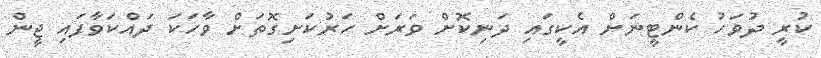
ކުރީ ދުވަހު ކެންޓީނަށް އެކީގައި ދަނިކޮށް ވަރަށް ހަރުކަށިގޮތަށް ވާހަކަ ދައްކަވާފައި ޖީން